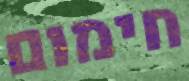
חימום